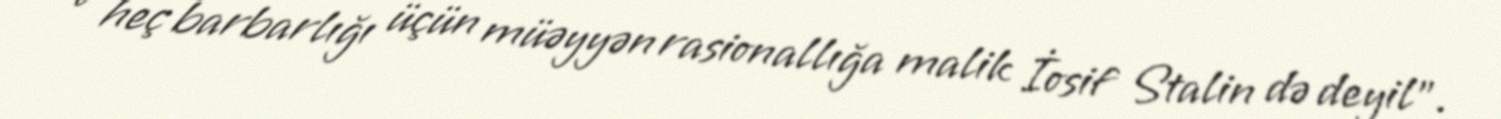
o heç barbarlığı üçün müəyyən rasionallığa malik İosif Stalin də deyil".